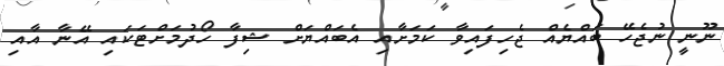
ނޫނީ ނުޖެހޭ ބައްޔެއް ޖެހިފައިވާ ކަމަށާއި އެބައްޔަށް ޝިފާ ހޯދުމަށްޓަކައި އޭނާ އާއި